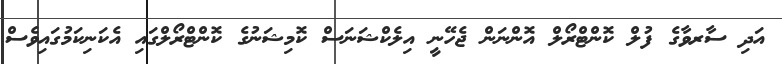
އަދި ސާރވާގެ ފުލް ކޮންޓްރޯލް އޮންނަން ޖެހޭނީ އިލެކްޝަނަސް ކޮމިޝަނުގެ ކޮންޓްރޯލްގައި އެކަނިކަމުގައިވެސް